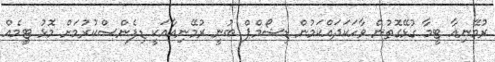
ރުމޭނިއާ ޓީމާ ގުޅޭގޮތުން ވާހަކަދައްކަމުން ޑިޝޯމްޕް ބުނީ ރުމޭނިއާއަކީ ޑިފެންސްކުރުމަށް މޮޅު ޓީމެއް